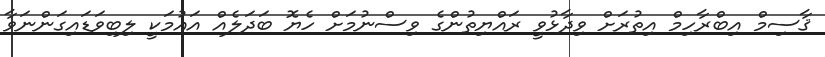
ޤާސިމް އިބްރާހިމް އިތުރަށް ވިދާޅުވީ ރައްޔިތުންގެ ވިސްނުމަށް ހެޔޮ ބަދަލެއް އައުމަކީ ލިބިވަޑައިގަންނަވާ